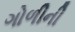
ગોળીની